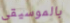
بالموسيقى